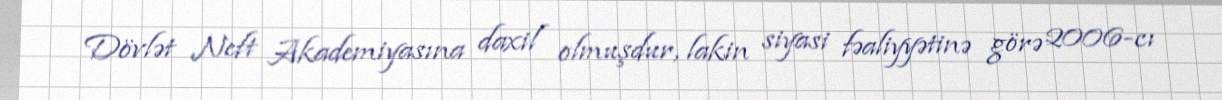
Dövlət Neft Akademiyasına daxil olmuşdur, lakin siyasi fəaliyyətinə görə 2006-cı